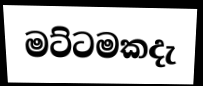
මට්ටමකදැ